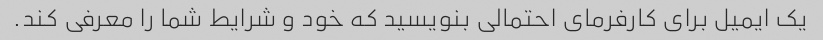
یک ایمیل برای کارفرمای احتمالی بنویسید که خود و شرایط شما را معرفی کند.